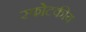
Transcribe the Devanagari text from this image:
स्फोटकीय